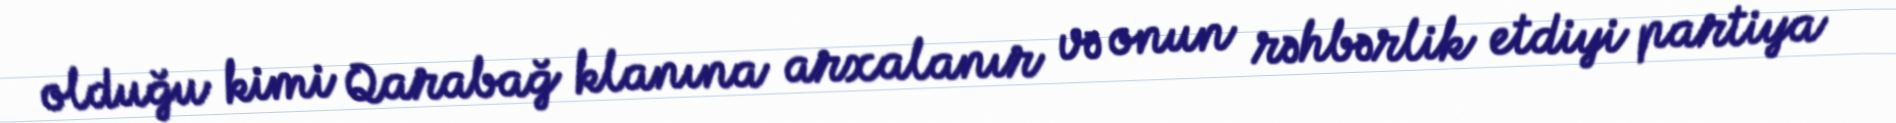
olduğu kimi Qarabağ klanına arxalanır və onun rəhbərlik etdiyi partiya